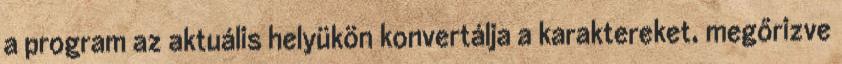
a program az aktuális helyükön konvertálja a karaktereket, megőrizve